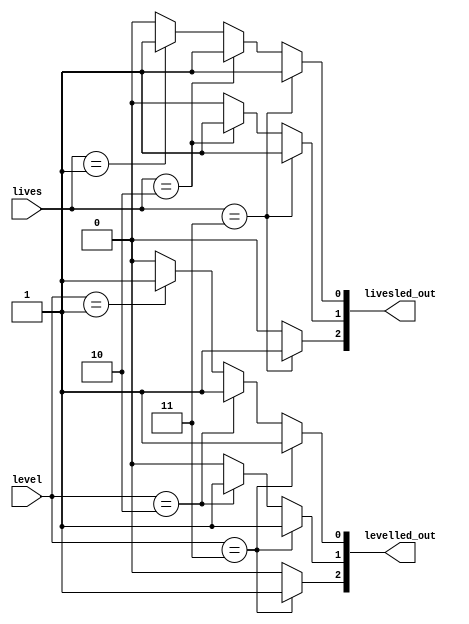
/*
   This file was generated automatically by Alchitry Labs version 1.2.1.
   Do not edit this file directly. Instead edit the original Lucid source.
   This is a temporary file and any changes made to it will be destroyed.
*/

module lives_and_levels_9 (
    input [1:0] lives,
    input [1:0] level,
    output reg [2:0] livesled_out,
    output reg [2:0] levelled_out
  );
  
  
  
  always @* begin
    if (lives == 2'h3) begin
      livesled_out[0+0-:1] = 1'h1;
      livesled_out[1+0-:1] = 1'h1;
      livesled_out[2+0-:1] = 1'h1;
    end else begin
      if (lives == 2'h2) begin
        livesled_out[0+0-:1] = 1'h1;
        livesled_out[1+0-:1] = 1'h1;
        livesled_out[2+0-:1] = 1'h0;
      end else begin
        if (lives == 1'h1) begin
          livesled_out[0+0-:1] = 1'h1;
          livesled_out[1+0-:1] = 1'h0;
          livesled_out[2+0-:1] = 1'h0;
        end else begin
          livesled_out[0+0-:1] = 1'h0;
          livesled_out[1+0-:1] = 1'h0;
          livesled_out[2+0-:1] = 1'h0;
        end
      end
    end
    if (level == 2'h3) begin
      levelled_out[0+0-:1] = 1'h1;
      levelled_out[1+0-:1] = 1'h1;
      levelled_out[2+0-:1] = 1'h1;
    end else begin
      if (level == 2'h2) begin
        levelled_out[0+0-:1] = 1'h1;
        levelled_out[1+0-:1] = 1'h1;
        levelled_out[2+0-:1] = 1'h0;
      end else begin
        if (level == 1'h1) begin
          levelled_out[0+0-:1] = 1'h1;
          levelled_out[1+0-:1] = 1'h0;
          levelled_out[2+0-:1] = 1'h0;
        end else begin
          levelled_out[0+0-:1] = 1'h0;
          levelled_out[1+0-:1] = 1'h0;
          levelled_out[2+0-:1] = 1'h0;
        end
      end
    end
  end
endmodule